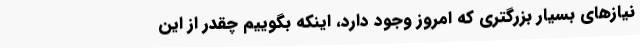
نیازهای بسیار بزرگتری که امروز وجود دارد، اینکه بگوییم چقدر از این